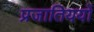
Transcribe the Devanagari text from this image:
प्रजातिययों